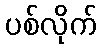
ပစ်လိုက်